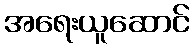
အရေးယူဆောင်